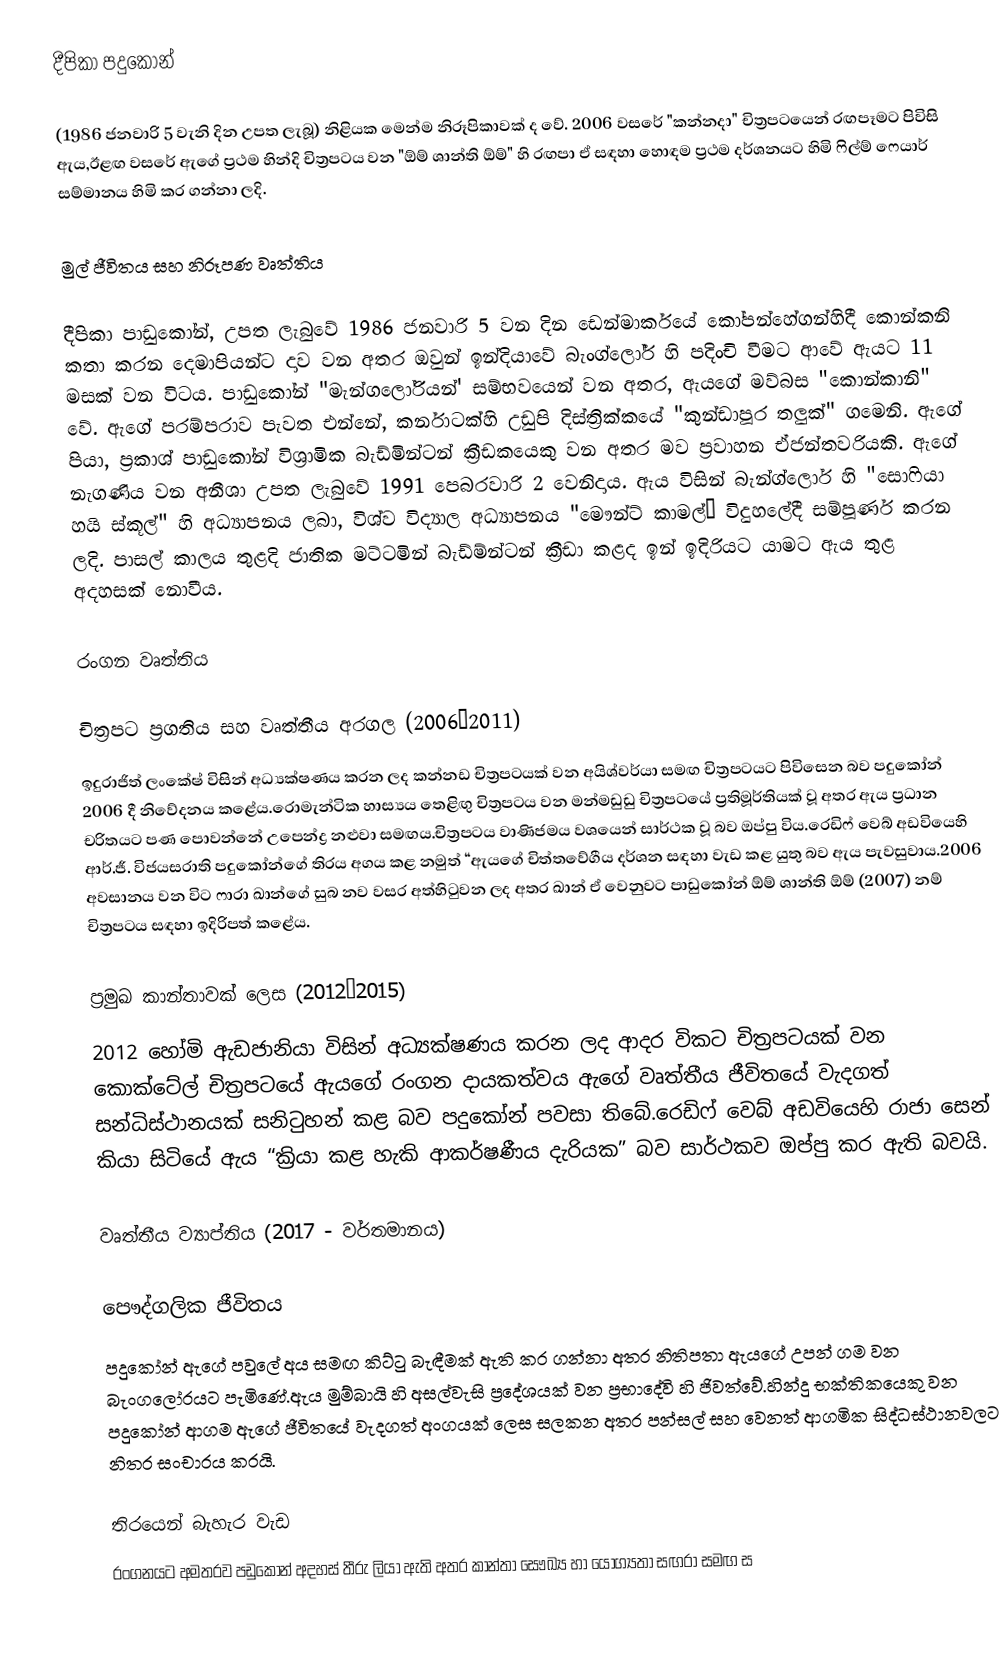
දීපිකා පදුකෝන්

(1986 ජනවාරි 5 වැනි දින උපත ලැබූ) නිළියක මෙන්ම නිරූපිකාවක් ද වේ. 2006 වසරේ "කන්නදා" චිත්‍රපටයෙන් රඟපෑමට පිවිසි ඇය,ඊළඟ වසරේ ඇගේ ප්‍රථම හින්දි චිත්‍රපටය වන "ඕම් ශාන්ති ඕම්" හි රඟපා ඒ සඳහා හොඳම ප්‍රථම දර්ශනයට හිමි ෆිල්ම් ෆෙයාර් සම්මානය හිමි කර ගන්නා ලදි.

මුල් ජීවිතය සහ නිරූපණ වෘත්තිය

දීපිකා පාඩුකෝන්, උපත ලැබුවේ 1986 ජනවාරි 5 වන දින ඩෙන්මාර්කයේ කෝපන්හේගන්හිදී කොන්කනි කතා කරන දෙමාපියන්ට දාව වන අතර ඔවුන් ඉන්දියාවේ බැංග්ලෝර් හි පදිංචි වීමට ආවේ ඇයට 11 මසක් වන විටය. පාඩුකෝන් "මැන්ගලෝරියන්' සම්භවයෙන් වන අතර, ඇයගේ මව්බස "කොන්කානි" වේ. ඇගේ පරම්පරාව පැවත එන්නේ, කර්නාටක්හි උඩුපි දිස්ත්‍රික්කයේ "කුන්ඩාපූර තලුක්" ගමෙනි. ඇගේ පියා, ප්‍රකාශ් පාඩුකෝන් විශ්‍රාමික බැඩ්මින්ටන් ක්‍රීඩකයෙකු වන අතර මව ප්‍රවාහන ඒජන්තවරියකි. ඇගේ නැගණිය වන අනීශා උපත ලැබුවේ 1991 පෙබරවාරි 2 වෙනිදාය. ඇය විසින් බැන්ග්ලොර් හි "සොෆියා හයි ස්කූල්" හි අධ්‍යාපනය ලබා, විශ්ව විද්‍යාල අධ්‍යාපනය "මෞන්ට් කාමල්” විදුහලේදී සම්පූර්ණ කරන ලදි. පාසල් කාලය තුළදි ජාතික මට්ටමින් බැඩ්ම්න්ටන් ක්‍රීඩා කළද ඉන් ඉදිරියට යාමට ඇය තුළ අදහසක් නොවීය.

රංගන වෘත්තිය

චිත්‍රපට ප්‍රගතිය සහ වෘත්තීය අරගල (2006–2011)
ඉදුරාජිත් ලංකේෂ් විසින් අධ්‍යක්ෂණය කරන ලද කන්නඩ චිත්‍රපටයක් වන අයිශ්වර්යා සමඟ චිත්‍රපටයට පිවිසෙන බව පදුකෝන් 2006 දී නිවේදනය කළේය.රොමැන්ටික හාස්‍යය තෙළිඟු චිත්‍රපටය වන මන්මඩුඩු චිත්‍රපටයේ ප්‍රතිමූර්තියක් වූ අතර ඇය ප්‍රධාන චරිතයට පණ පොවන්නේ උපෙන්ද්‍ර නළුවා සමඟය.චිත්‍රපටය වාණිජමය වශයෙන් සාර්ථක වූ බව ඔප්පු විය.රෙඩිෆ් වෙබ් අඩවියෙහි ආර්.ජී. විජයසරාති පදුකෝන්ගේ තිරය අගය කළ නමුත් “ඇයගේ චිත්තවේගීය දර්ශන සඳහා වැඩ කළ යුතු බව ඇය පැවසුවාය.2006 අවසානය වන විට ෆාරා ඛාන්ගේ සුබ නව වසර අත්හිටුවන ලද අතර ඛාන් ඒ වෙනුවට පාඩුකෝන් ඕම් ශාන්ති ඕම් (2007) නම් චිත්‍රපටය සඳහා ඉදිරිපත් කළේය.

ප්‍රමුඛ කාන්තාවක් ලෙස (2012–2015)
2012 හෝමි ඇඩජානියා විසින් අධ්‍යක්ෂණය කරන ලද ආදර විකට චිත්‍රපටයක් වන කොක්ටේල් චිත්‍රපටයේ ඇයගේ රංගන දායකත්වය ඇගේ වෘත්තීය ජීවිතයේ වැදගත් සන්ධිස්ථානයක් සනිටුහන් කළ බව පදුකෝන් පවසා තිබේ.රෙඩිෆ් වෙබ් අඩවියෙහි රාජා සෙන් කියා සිටියේ ඇය “ක්‍රියා කළ හැකි ආකර්ෂණීය දැරියක” බව සාර්ථකව ඔප්පු කර ඇති බවයි.

වෘත්තීය ව්‍යාප්තිය (2017 - වර්තමානය)

පෞද්ගලික ජීවිතය
පදුකෝන් ඇගේ පවුලේ අය සමඟ කිට්ටු බැඳීමක් ඇති කර ගන්නා අතර නිතිපතා ඇයගේ උපන් ගම වන බැංගලෝරයට පැමිණේ.ඇය මුම්බායි හි අසල්වැසි ප්‍රදේශයක් වන ප්‍රභාදේවි හි ජිවත්වේ.හින්දු භක්තිකයෙකු වන පදුකෝන් ආගම ඇගේ ජීවිතයේ වැදගත් අංගයක් ලෙස සලකන අතර පන්සල් සහ වෙනත් ආගමික සිද්ධස්ථානවලට නිතර සංචාරය කරයි.

තිරයෙන් බැහැර වැඩ
රංගනයට අමතරව පඩුකෝන් අදහස් තීරු ලියා ඇති අතර කාන්තා සෞඛ්‍ය හා යෝග්‍යතා සඟරා සමඟ ස